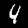
Digit: 4